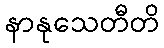
နာနုသေတီတိ